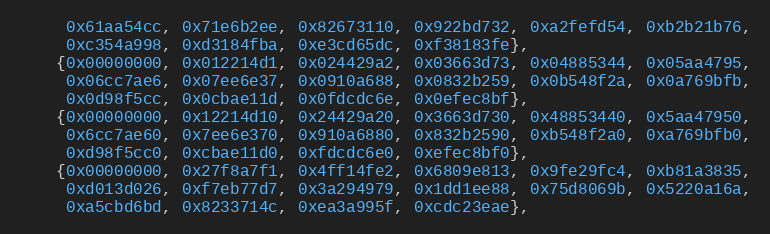
Language: C++
     0x61aa54cc, 0x71e6b2ee, 0x82673110, 0x922bd732, 0xa2fefd54, 0xb2b21b76,
     0xc354a998, 0xd3184fba, 0xe3cd65dc, 0xf38183fe},
    {0x00000000, 0x012214d1, 0x024429a2, 0x03663d73, 0x04885344, 0x05aa4795,
     0x06cc7ae6, 0x07ee6e37, 0x0910a688, 0x0832b259, 0x0b548f2a, 0x0a769bfb,
     0x0d98f5cc, 0x0cbae11d, 0x0fdcdc6e, 0x0efec8bf},
    {0x00000000, 0x12214d10, 0x24429a20, 0x3663d730, 0x48853440, 0x5aa47950,
     0x6cc7ae60, 0x7ee6e370, 0x910a6880, 0x832b2590, 0xb548f2a0, 0xa769bfb0,
     0xd98f5cc0, 0xcbae11d0, 0xfdcdc6e0, 0xefec8bf0},
    {0x00000000, 0x27f8a7f1, 0x4ff14fe2, 0x6809e813, 0x9fe29fc4, 0xb81a3835,
     0xd013d026, 0xf7eb77d7, 0x3a294979, 0x1dd1ee88, 0x75d8069b, 0x5220a16a,
     0xa5cbd6bd, 0x8233714c, 0xea3a995f, 0xcdc23eae},